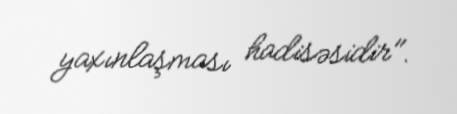
yaxınlaşması hadisəsidir".